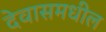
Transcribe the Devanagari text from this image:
देवासमधील